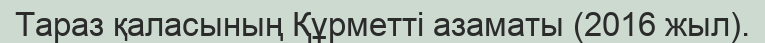
Тараз қаласының Құрметті азаматы (2016 жыл).